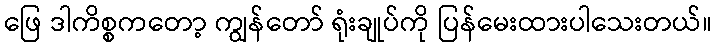
ဖြေ ဒါကိစ္စကတော့ ကျွန်တော် ရုံးချုပ်ကို ပြန်မေးထားပါသေးတယ်။